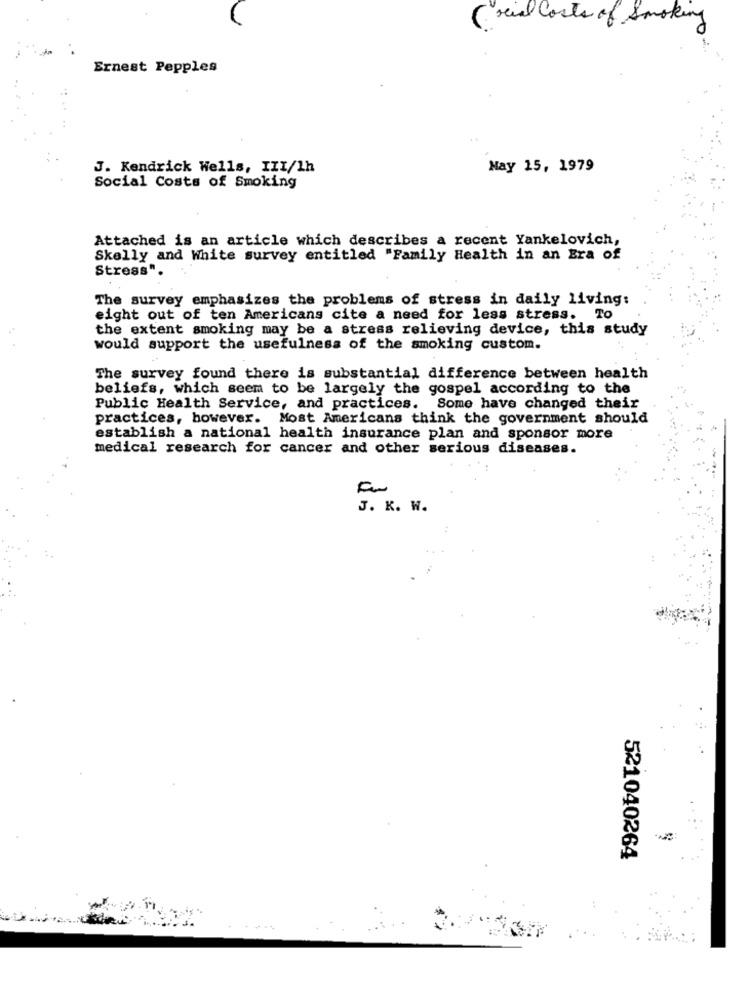
(real costs of Smoking
Ernest Pepples
J. Kendrick Wells, III/1h
May 15, 1979
Social Costs of Smoking
Attached is an article which describes a recent Yankelovich,
Skelly and White survey entitled "Family Health in an Era of
Stress".
The survey emphasizes the problems of stress in daily living:
eight out of ten Americans cite a need for less stress. To
the extent smoking may be a stress relieving device, this study
would support the usefulness of the smoking custom.
The survey found there is substantial difference between health
beliefs, which seem to be largely the gospel according to the
Public Health Service, and practices. Some have changed their
practices, however. Most Americans think the government should
establish a national health insurance plan and sponsor more
medical research for cancer and other serious diseases.
J. K. W.
521040264